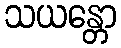
သယန္တော